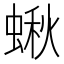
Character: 𧎐